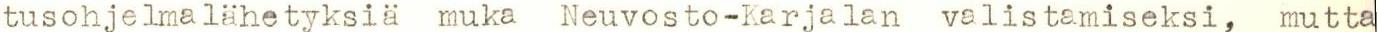
tusohjelmalähetyksiä muka Neuvosto-Karjalan valistamiseksi, mutta